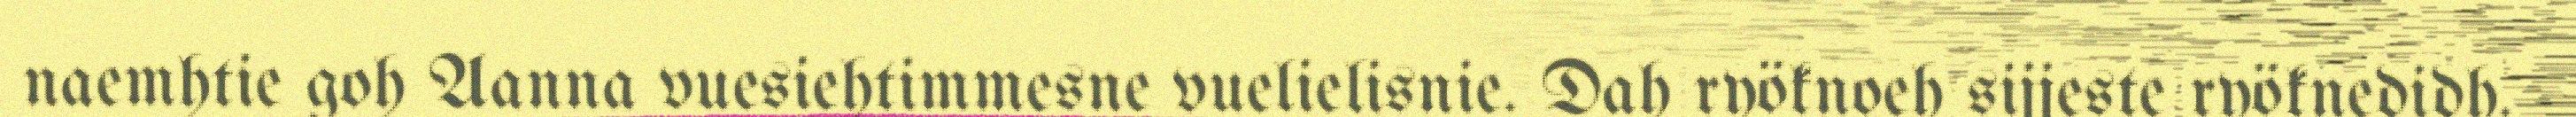
naemhtie goh Aanna vuesiehtimmesne vuelielisnie. Dah ryöknoeh sijjeste ryöknedidh.